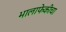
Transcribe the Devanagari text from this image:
भालाफेकीचा